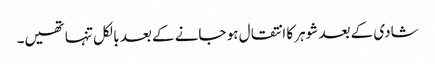
شادی کے بعد شوہر کا انتقال ہو جانے کے بعد بالکل تنہا تھیں۔